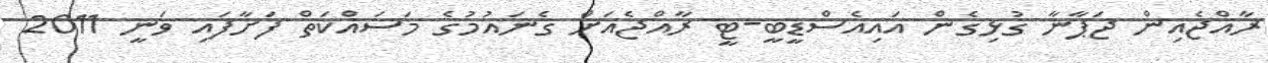
ރާއްޖެއިން ޖަޕާނާ ގުޅިގެން އައިއެސްޑީބީ-ޓީ ރާއްޖެއަށް ގެނައުމުގެ މަސައްކަތް ފަށާފައި ވަނީ 2011